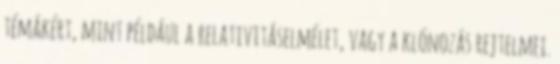
témákért, mint például a relativitáselmélet, vagy a klónozás rejtelmei.